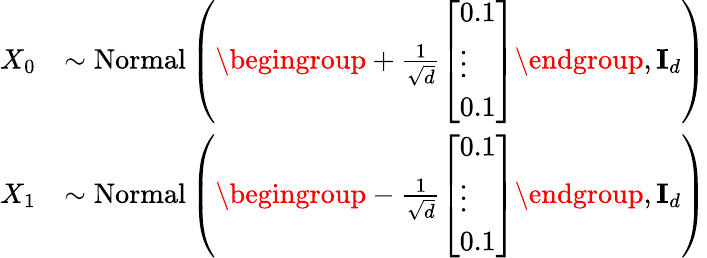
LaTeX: \begin{array}{rl}{X_{0}}&{\sim\mathrm{Normal}\left(\begingroup+\frac{1}{\sqrt{d}}\left[\begin{array}{l}{0.1}\\ {\vdots}\\ {0.1}\end{array}\right]\endgroup,\mathbf{I}_{d}\right)}\\ {X_{1}}&{\sim\mathrm{Normal}\left(\begingroup-\frac{1}{\sqrt{d}}\left[\begin{array}{l}{0.1}\\ {\vdots}\\ {0.1}\end{array}\right]\endgroup,\mathbf{I}_{d}\right)}\end{array}